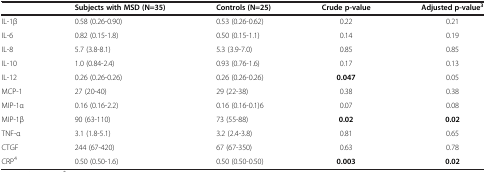
<table><thead><tr><td><b> </b></td><td><b>Subjects with MSD (N=35)</b></td><td><b>Controls (N=25)</b></td><td><b>Crude p-value</b></td><td><b>Adjusted p-value<sup>3</sup></b></td></tr></thead><tbody><tr><td>IL-1β</td><td>0.58 (0.26-0.90)</td><td>0.53 (0.26-0.62)</td><td>0.22</td><td>0.21</td></tr><tr><td>IL-6</td><td>0.82 (0.15-1.8)</td><td>0.50 (0.15-1.1)</td><td>0.14</td><td>0.19</td></tr><tr><td>IL-8</td><td>5.7 (3.8-8.1)</td><td>5.3 (3.9-7.0)</td><td>0.85</td><td>0.85</td></tr><tr><td>IL-10</td><td>1.0 (0.84-2.4)</td><td>0.93 (0.76-1.6)</td><td>0.17</td><td>0.13</td></tr><tr><td>IL-12</td><td>0.26 (0.26-0.26)</td><td>0.26 (0.26-0.26)</td><td><b>0.047</b></td><td>0.05</td></tr><tr><td>MCP-1</td><td>27 (20-40)</td><td>29 (22-38)</td><td>0.38</td><td>0.38</td></tr><tr><td>MIP-1α</td><td>0.16 (0.16-2.2)</td><td>0.16 (0.16-0.1)6</td><td>0.07</td><td>0.08</td></tr><tr><td>MIP-1β</td><td>90 (63-110)</td><td>73 (55-88)</td><td><b>0.02</b></td><td><b>0.02</b></td></tr><tr><td>TNF-α</td><td>3.1 (1.8-5.1)</td><td>3.2 (2.4-3.8)</td><td>0.81</td><td>0.65</td></tr><tr><td>CTGF</td><td>244 (67-420)</td><td>67 (67-350)</td><td>0.63</td><td>0.78</td></tr><tr><td>CRP<sup>4</sup></td><td>0.50 (0.50-1.6)</td><td>0.50 (0.50-0.50)</td><td><b>0.003</b></td><td><b>0.02</b></td></tr></tbody></table>